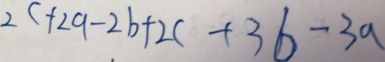
2 c + 2 a - 2 b + 2 c + 3 b - 3 a